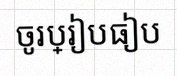
ចូរប្រៀបធៀប